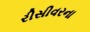
રીસીવરના